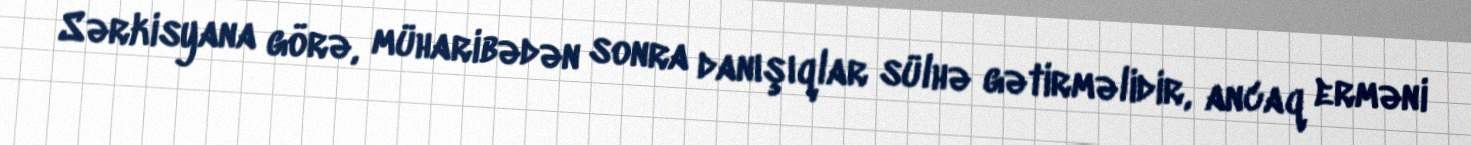
Sərkisyana görə, müharibədən sonra danışıqlar sülhə gətirməlidir, ancaq erməni